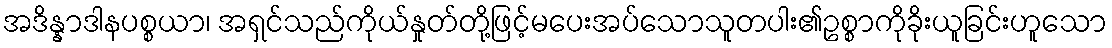
အဒိန္နာဒါနပစ္စယာ၊ အရှင်သည်ကိုယ်နှုတ်တို့ဖြင့်မပေးအပ်သောသူတပါး၏ဥစ္စာကိုခိုးယူခြင်းဟူသော